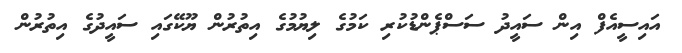
އައިސީއެފް އިން ސައީދު ސަސްޕެންޑުކުރި ކަމުގެ ލިޔުމުގެ އިތުރުން ޔޫކޭގައި ސައީދުގެ އިތުރުން